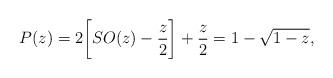
LaTeX: \begin{align*}P(z) =2\biggl[ SO(z) - \frac{z}{2}\biggr] + \frac{z}{2} = 1- \sqrt{1-z},\end{align*}